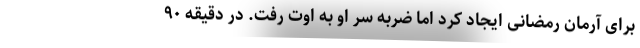
برای آرمان رمضانی ایجاد کرد اما ضربه سر او به اوت رفت. در دقیقه ۹۰